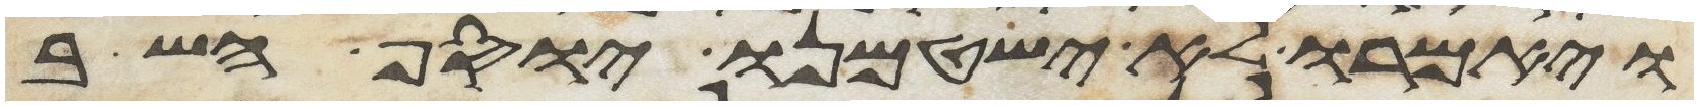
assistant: ויאמרו לא ישטמנו יוסף השב